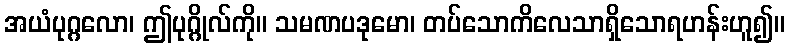
အယံပုဂ္ဂလော၊ ဤပုဂ္ဂိုလ်ကို။ သမဏပဒုမော၊ တပ်သောကိလေသာရှိသောရဟန်းဟူ၍။